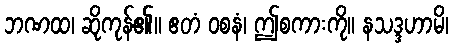
ဘဏထ၊ ဆိုကုန်၏။ ဧတံ ဝစနံ၊ ဤစကားကို။ နသဒ္ဒဟာမိ၊